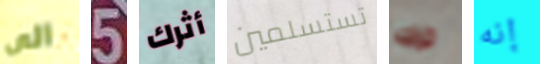
الى 5 أثرك تستسلمين ترك إنه